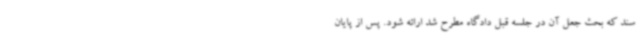
سند که بحث جعل آن در جلسه قبل دادگاه مطرح شد ارائه شود. پس از پایان